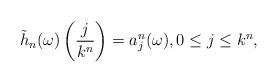
LaTeX: \begin{align*}\tilde h_n(\omega) \left( \frac{j}{k^n} \right) = a_j^n(\omega), 0\leq j\leq k^n ,\end{align*}